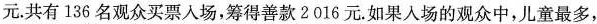
元。共有136名观众买票入场，筹得善款2016元。如果入场的观众中，儿童最多，